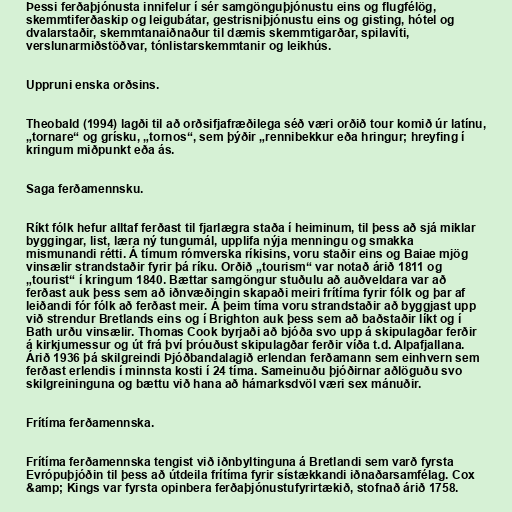
Þessi ferðaþjónusta innifelur í sér samgönguþjónustu eins og flugfélög,
skemmtiferðaskip og leigubátar, gestrisniþjónustu eins og gisting, hótel og
dvalarstaðir, skemmtanaiðnaður til dæmis skemmtigarðar, spilavíti,
verslunarmiðstöðvar, tónlistarskemmtanir og leikhús.

Uppruni enska orðsins.

Theobald (1994) lagði til að orðsifjafræðilega séð væri orðið tour komið úr latínu,
„tornare“ og grísku, „tornos“, sem þýðir „rennibekkur eða hringur; hreyfing í
kringum miðpunkt eða ás.

Saga ferðamennsku.

Ríkt fólk hefur alltaf ferðast til fjarlægra staða í heiminum, til þess að sjá miklar
byggingar, list, læra ný tungumál, upplifa nýja menningu og smakka
mismunandi rétti. Á tímum rómverska ríkisins, voru staðir eins og Baiae mjög
vinsælir strandstaðir fyrir þá ríku. Orðið „tourism“ var notað árið 1811 og
„tourist“ í kringum 1840. Bættar samgöngur stuðulu að auðveldara var að
ferðast auk þess sem að iðnvæðingin skapaði meiri frítíma fyrir fólk og þar af
leiðandi fór fólk að ferðast meir. Á þeim tíma voru strandstaðir að byggjast upp
við strendur Bretlands eins og í Brighton auk þess sem að baðstaðir líkt og í
Bath urðu vinsælir. Thomas Cook byrjaði að bjóða svo upp á skipulagðar ferðir
á kirkjumessur og út frá því þróuðust skipulagðar ferðir víða t.d. Alpafjallana.
Árið 1936 þá skilgreindi Þjóðbandalagið erlendan ferðamann sem einhvern sem
ferðast erlendis í minnsta kosti í 24 tíma. Sameinuðu þjóðirnar aðlöguðu svo
skilgreininguna og bættu við hana að hámarksdvöl væri sex mánuðir.

Frítíma ferðamennska.

Frítíma ferðamennska tengist við iðnbyltinguna á Bretlandi sem varð fyrsta
Evrópuþjóðin til þess að útdeila frítíma fyrir sístækkandi iðnaðarsamfélag. Cox
&amp; Kings var fyrsta opinbera ferðaþjónustufyrirtækið, stofnað árið 1758.